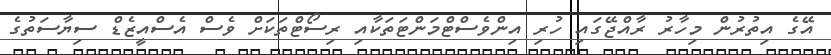
އޭގެ އިތުރުން މިހާރު ރާއްޖޭގައި ހުރި އިންވެސްޓްމަންޓަތަކާއި ރިސޯޓްތަކަށް ވެސް އެސްއީޒެޑް ސިޔާސަތުގެ